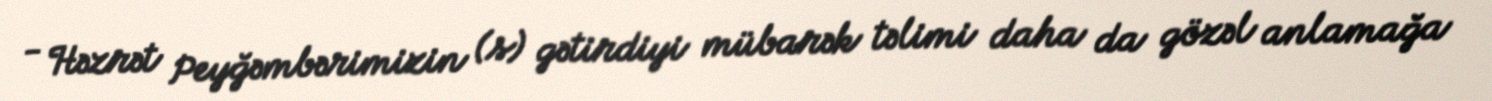
- Həzrət Peyğəmbərimizin (s) gətirdiyi mübarək təlimi daha da gözəl anlamağa